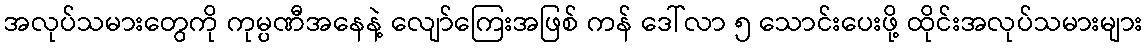
အလုပ်သမားတွေကို ကုမ္ပဏီအနေနဲ့ လျော်ကြေးအဖြစ် ကန် ဒေါ်လာ ၅ သောင်းပေးဖို့ ထိုင်းအလုပ်သမားများ